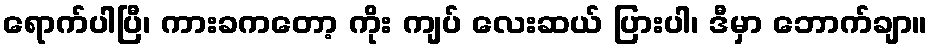
ရောက်ပါပြီ၊ ကားခကတော့ ကိုး ကျပ် လေးဆယ် ပြားပါ၊ ဒီမှာ ဘောက်ချာ။